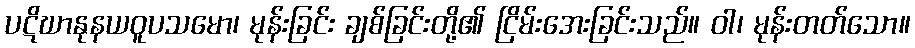
ပဋိဃာနုနယဝူပသမော၊ မုန်းခြင်း ချစ်ခြင်းတို့၏ ငြိမ်းအေးခြင်းသည်။ ဝါ၊ မုန်းတတ်သော။